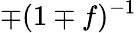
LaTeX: \mp(1\mp f)^{-1}